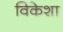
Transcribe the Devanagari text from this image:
विकेशा